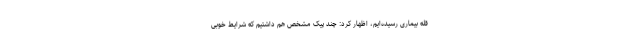
قله بیماری رسیده‌ایم، اظهار کرد: چند پیک مشخص هم داشتیم که شرایط خوبی